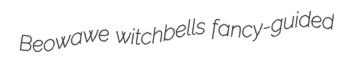
Beowawe witchbells fancy-guided